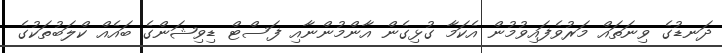
ދަނޑުގެ ވިނަތައް މަރުވެފައިވުމުން އެކަމާ ގުޅިގެން އާންމުންނާއި ފަސްޓް ޑިވިޝަންގެ ބައެއް ކްލަބުތަކުގެ